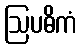
ဩပဓိကံ